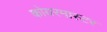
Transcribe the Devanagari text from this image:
कोयरमास्टर